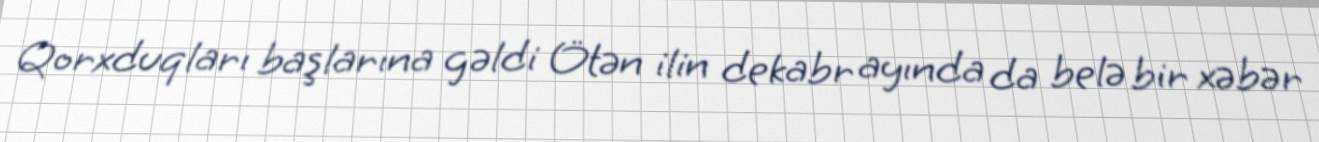
Qorxduqları başlarına gəldi Ötən ilin dekabr ayında da belə bir xəbər